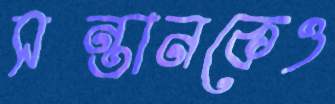
সন্তানকেও